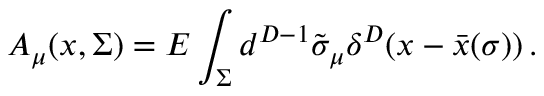
{ \cal A } _ { \mu } ( x , \Sigma ) = E \int _ { \Sigma } d ^ { D - 1 } \tilde { \sigma } _ { \mu } \delta ^ { D } ( x - \bar { x } ( \sigma ) ) \, .